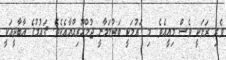
ވެރި ރަށަކީ ވެސް މިއީއެވެ. މި ޤައުމަކީ ބަރުލަމާނީ ޖުމްހޫރިއްޔާއެކެވެ. ޤައުމުގެ އާބާދީއަކީ